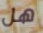
هل